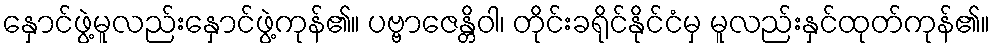
နှောင်ဖွဲ့မူလည်းနှောင်ဖွဲ့ကုန်၏။ ပဗ္ဗာဇေန္တိဝါ၊ တိုင်းခရိုင်နိုင်ငံမှ မူလည်းနှင်ထုတ်ကုန်၏။